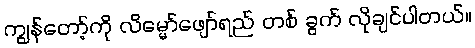
ကျွန်တော့်ကို လိမ္မော်ဖျော်ရည် တစ် ခွက် လိုချင်ပါတယ်။